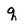
Character: q